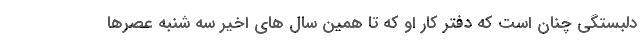
دلبستگی چنان است که دفتر کار او که تا همین سال های اخیر سه شنبه عصرها